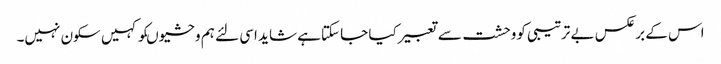
اس کے برعکس بے ترتیبی کووحشت سے تعبیرکیا جا سکتاہے شاید اسی لئے ہم وحشیوںکو کہیں سکون نہیں۔